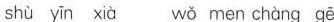
shù yīn xià wǒ men chàng gē